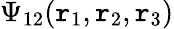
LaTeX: \Psi_{12}(\mathtt{r}_{1},\mathtt{r}_{2},\mathtt{r}_{3})